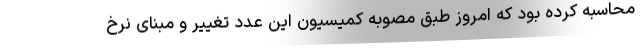
محاسبه کرده بود که امروز طبق مصوبه کمیسیون این عدد تغییر و مبنای نرخ